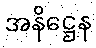
အနိဋ္ဌေန